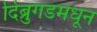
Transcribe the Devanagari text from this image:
दिब्रुगडमधून